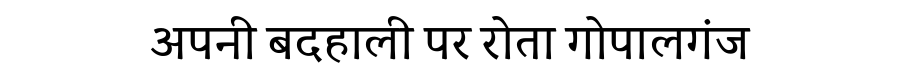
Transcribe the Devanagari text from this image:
अपनी बदहाली पर रोता गोपालगंज